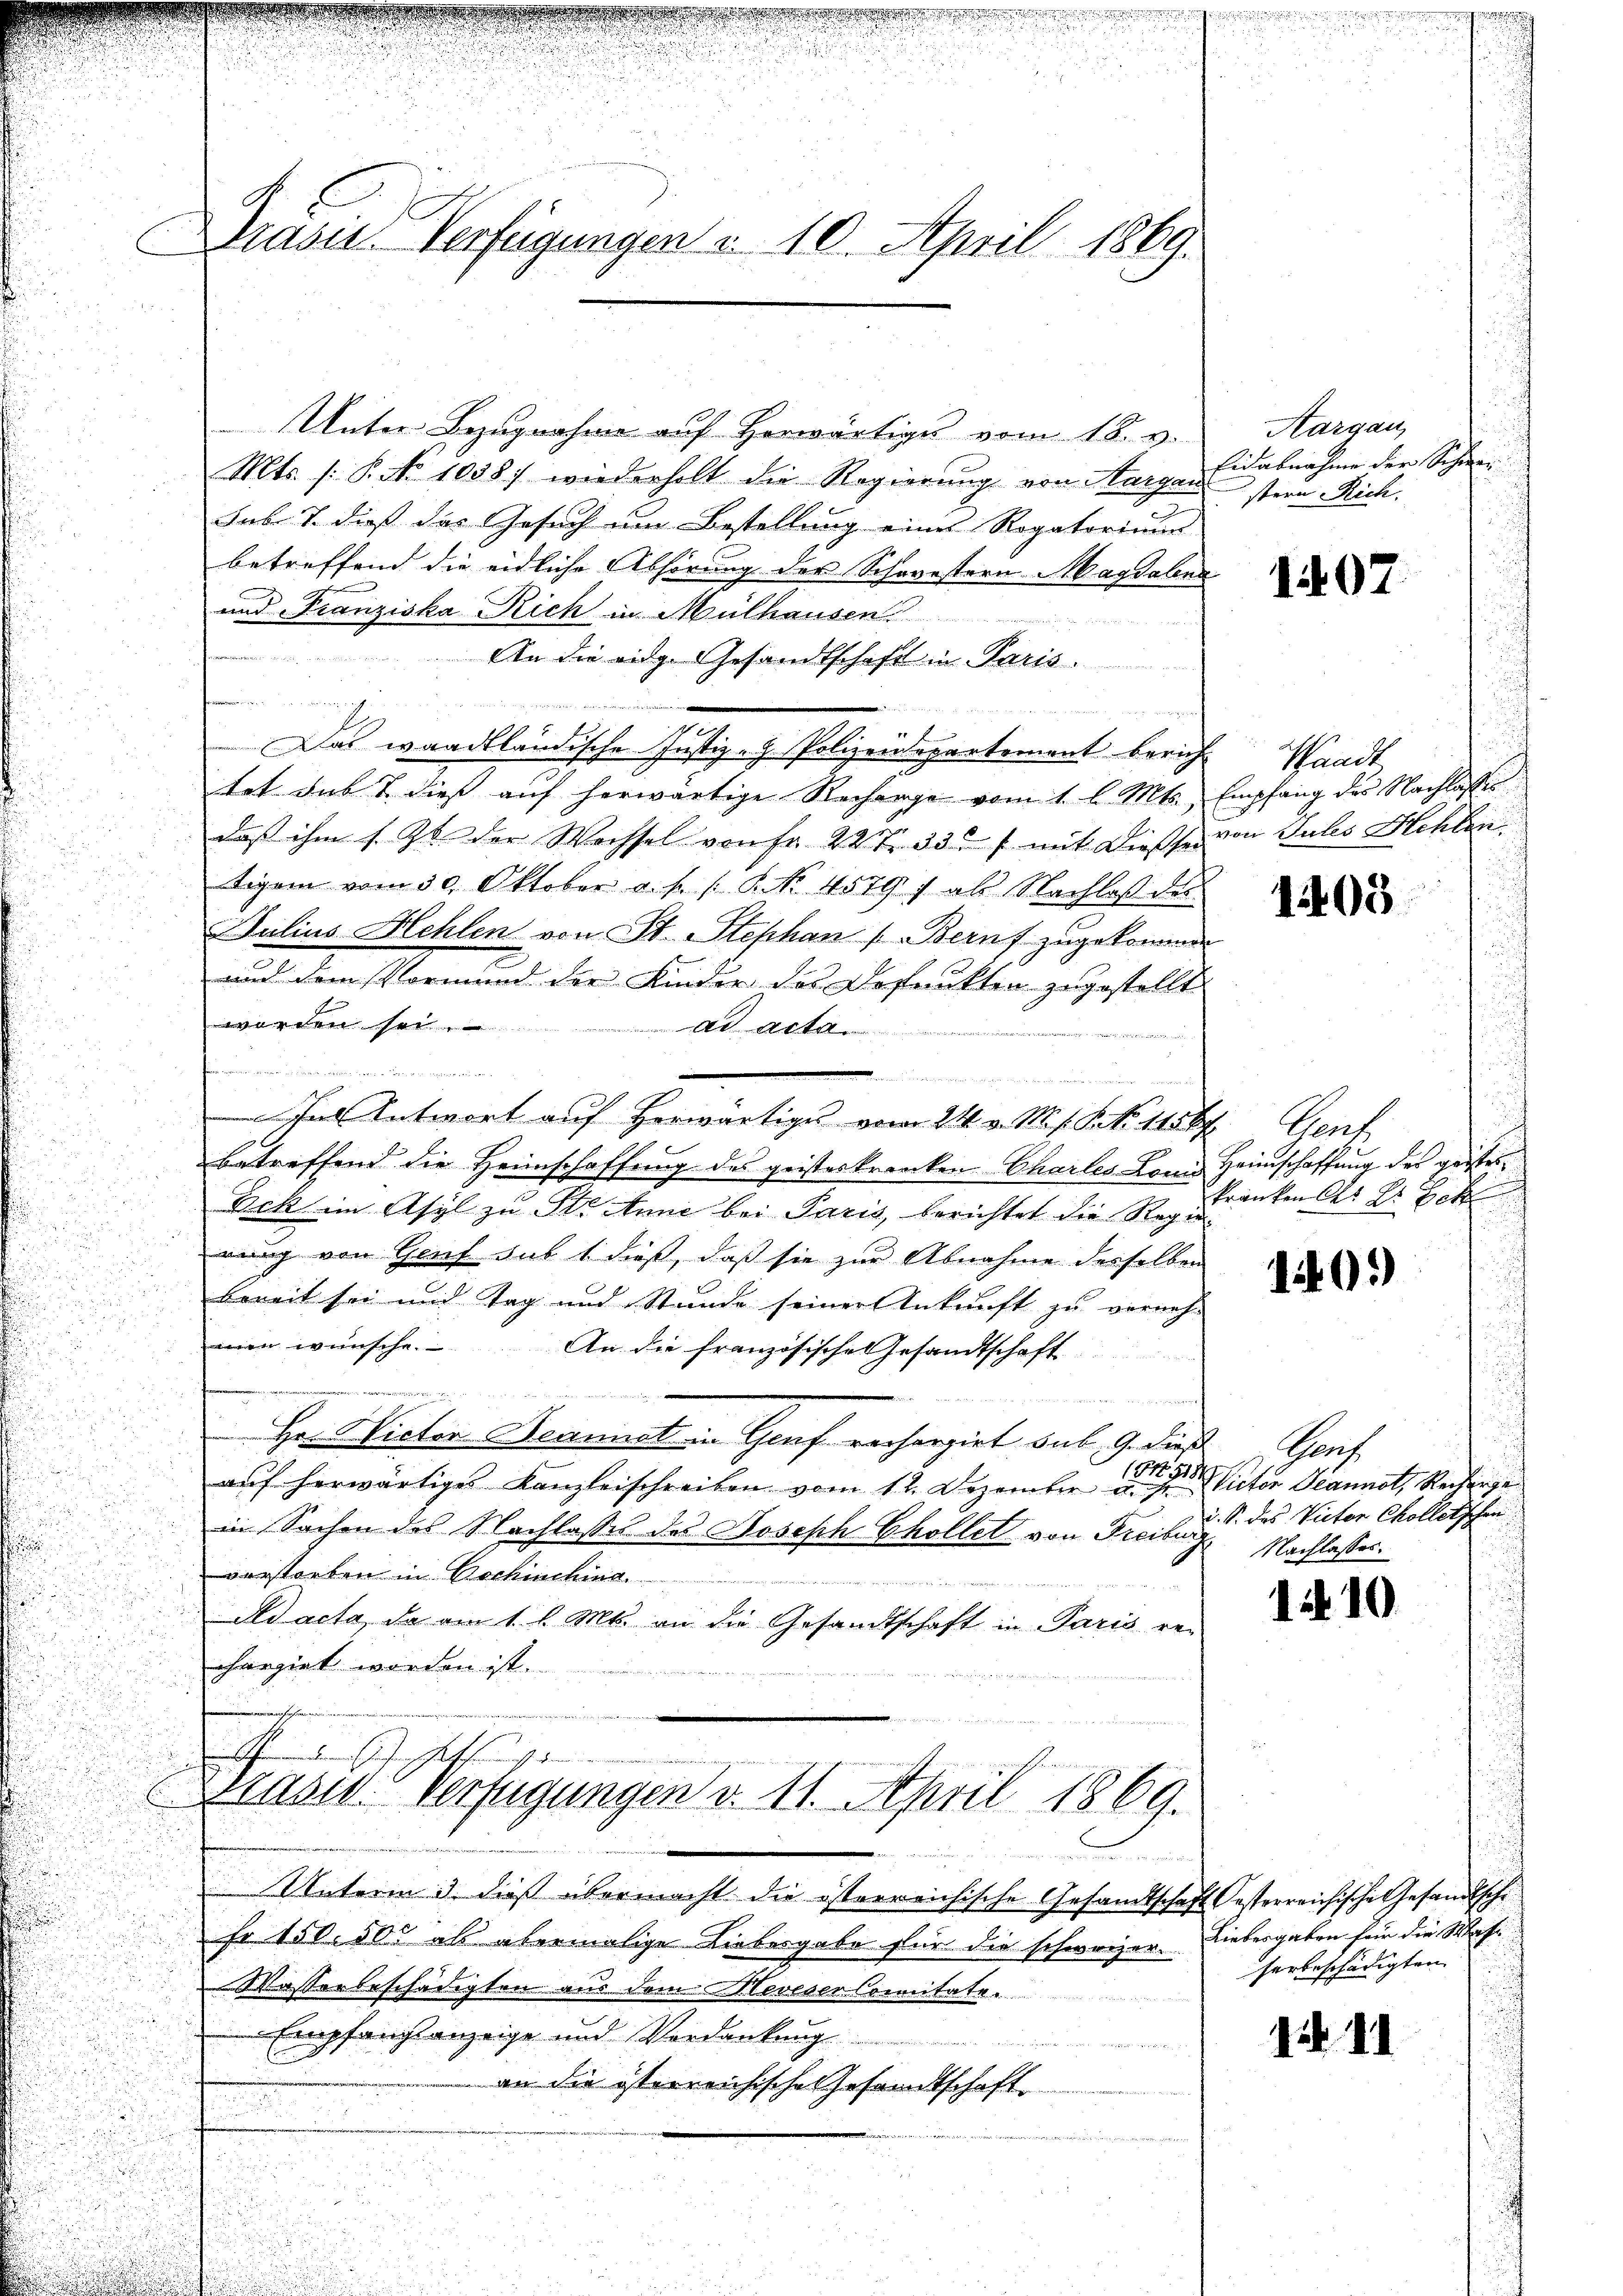
Drasis Verfügungen u. 10. April 1869.

Unter Bezugnahme auf herwärtiges vom 18. v.
Mts. (: P. No 1058. wiederholt die Regierung von Aargau
Fabe & dieß das Gesuch um Bestellung eines Rogatorium |
betreffend die eidliche Abhörung der Schwestern Magdalena
und Franziska Rich in Mülhausen
An die eidg. Gesandtschaft in Paris.
.
ve er
Das waadtländische Justiz- & Polizeidepartement bericht Waadt
tat dass dies auf herwärtige Recharge vom 1. l. Mts., Empfang des Nachlasses
daß ihm s. Zt. der Wachsel von Fr. 227. 335 f mit Diesser von Jules Hehlen.
tigen vom 30. Oktober c. s. f. P. Nr. 4579 f als Nachlaß des
Julius Hehlen von St. Stephan (Beruf zugekommen
und dem Vormund der Kinder des Befunkten zugestellt
werden sei.
ad acta.

.
as Antwort auf Herwärtiges vom 21. v. M. V. P. Nr. 115 f
betreffend die Heimschaffung des geisteskranken Chartes Lonis
Eck im Asyl zu St. Anne bei Paris, berichtet die Regienung von Genf sub 1 dieß, daß sie zur Abnahme desselben
bereit sei und Tag und Stunde seiner Ankunft zu verneh-
men wünsche. An die französische Gesandtschaft
 xx
an ein an der
Hr. Victor Bennick in Graf recherzirt sub. 9. dieß
auf herwärtiges Kanzleischreiben vom 12. Dezember u. st
in Sachen des Nachlasses des Joseph Chollet von Freiburg Nachlasses.
verstorben in Bochischen
dd acta, da am 1. l. Mts. an die Gesandtschaft in Paris von
chargirt worden ist.

Unterm 3. dieß übermacht die österreichische Gesandtschaf
Fr 150. 50 als abermalige Liebesgabe für die schweizer.
Wasserbeschädigten aus dem eveser Comitate.
Empfangsanzeige und Verdankung
a
an die österreichische Gesandtschaft

ethigen
iugi.
Brasid. Verfügungen d. 11. April 1869.
D

Aargau,
Eidabnahme der Schwer
stern Rich.

1407.

1405

Teuts
Heimschaffung des geister
kranken der Dr. Bett

140.)

Graf
(8. 31 liter Jeannst, Recherge
u. S. des Victor Cholletschen

12

12

10

Oesterreichische Gesandtsche
Liebesgaben für die Wafe- |
serbeschädigten

1